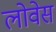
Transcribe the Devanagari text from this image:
लोवेस